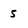
Character: 5